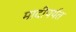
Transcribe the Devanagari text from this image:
मादीपर्यंत